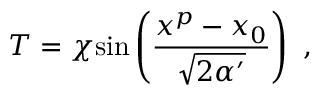
T = \chi \mathrm { s i n } \left( { \frac { x ^ { p } - x _ { 0 } } { \sqrt { 2 \alpha ^ { \prime } } } } \right) \ ,